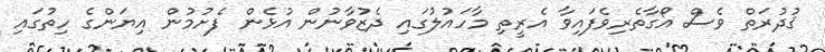
ޤުދުރަތް ވެސް އޯގާތެރިވެފައިވާ އެރީތި މާހައުލުގައި ދެޒުވާނުން އުޅެން ފެށުމުން އިޔަންގެ ހިތުގައި